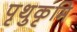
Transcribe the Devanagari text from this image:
पृथुकृमि